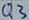
Text: Q3